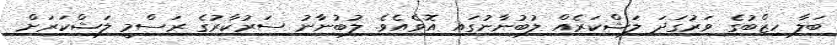
ބަލާ ހިޒްބުގެ ވަރުގަދަ ލަޝްކަރެއް ލުބުނާނުގައި އޮވެއެވެ. ލުބުނާނު ސަރުކާރުގެ ރަސްމީ ލަޝްކަރަށް